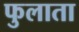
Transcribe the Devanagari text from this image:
फुलाता